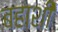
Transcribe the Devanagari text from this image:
बहाशी